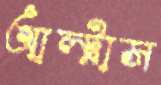
আল্ট্রাস